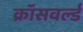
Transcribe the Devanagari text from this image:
क्रॉसवर्ल्ड